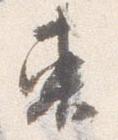
東